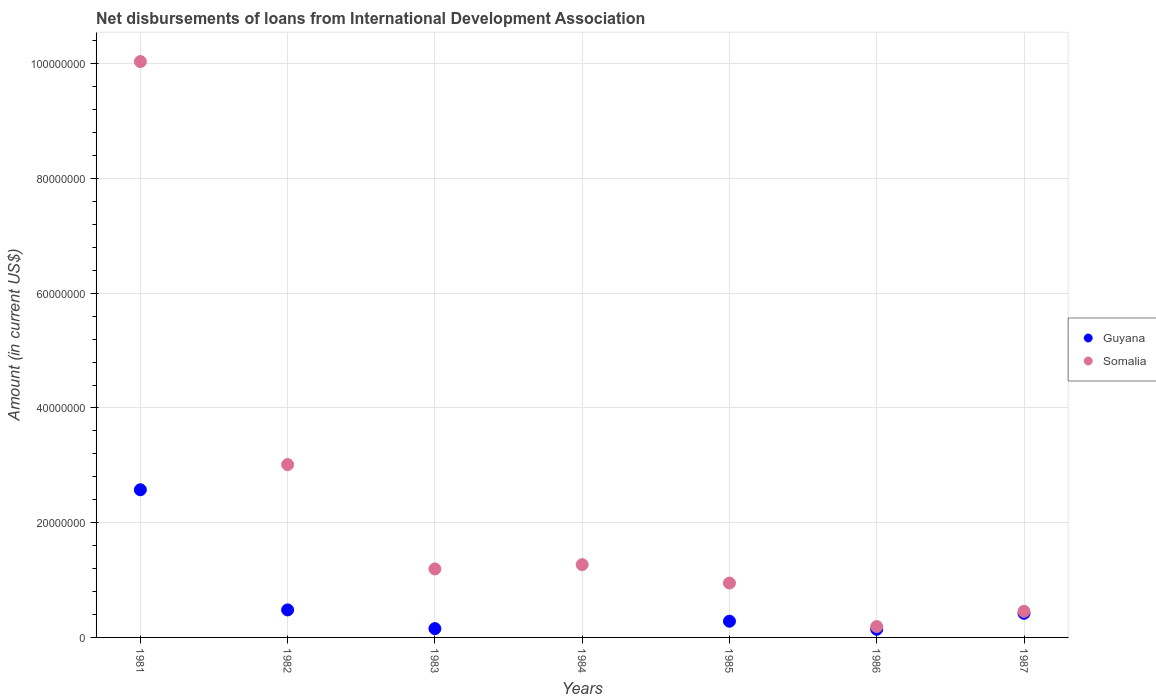
| Years | Guyana | Somalia |
 | --- | --- | --- |
 | 1981 | 2.57e+07 | 1e+08 |
 | 1982 | 4.8e+06 | 3.01e+07 |
 | 1983 | 1.54e+06 | 1.19e+07 |
 | 1984 | -1.77e+06 | 1.27e+07 |
 | 1985 | 2.82e+06 | 9.48e+06 |
 | 1986 | 1.42e+06 | 1.9e+06 |
 | 1987 | 4.2e+06 | 4.55e+06 |